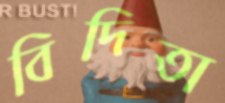
বিদিতা